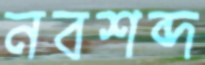
নবশব্দ